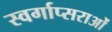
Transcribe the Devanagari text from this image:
स्वर्गाप्सराओं